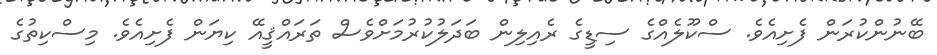
ބޭނުންކުރަން ފެށިއެވެ. ސްކޫލެއްގެ ސިޑީގެ ރެއިލިން ބަދަލުކުރުމަށްވެސް ތަރައްޤީއޭ ކިޔަން ފެށިއެވެ. މިސްކިތުގެ